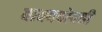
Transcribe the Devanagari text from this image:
वाक्यदोषही